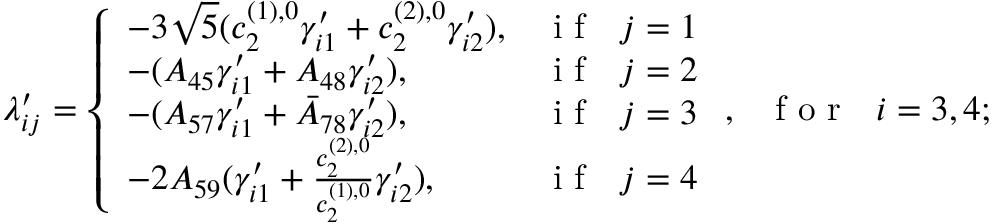
\lambda _ { i j } ^ { \prime } = \left\{ \begin{array} { l l } { - 3 \sqrt { 5 } ( c _ { 2 } ^ { ( 1 ) , 0 } \gamma _ { i 1 } ^ { \prime } + c _ { 2 } ^ { ( 2 ) , 0 } \gamma _ { i 2 } ^ { \prime } ) , } & { \mathrm { ~ i ~ f ~ ~ ~ } j = 1 } \\ { - ( A _ { 4 5 } \gamma _ { i 1 } ^ { \prime } + A _ { 4 8 } \gamma _ { i 2 } ^ { \prime } ) , } & { \mathrm { ~ i ~ f ~ ~ ~ } j = 2 } \\ { - ( A _ { 5 7 } \gamma _ { i 1 } ^ { \prime } + \bar { A } _ { 7 8 } \gamma _ { i 2 } ^ { \prime } ) , } & { \mathrm { ~ i ~ f ~ ~ ~ } j = 3 } \\ { - 2 A _ { 5 9 } ( \gamma _ { i 1 } ^ { \prime } + \frac { c _ { 2 } ^ { ( 2 ) , 0 } } { c _ { 2 } ^ { ( 1 ) , 0 } } \gamma _ { i 2 } ^ { \prime } ) , } & { \mathrm { ~ i ~ f ~ ~ ~ } j = 4 } \end{array} \right. , \mathrm { ~ ~ ~ f ~ o ~ r ~ ~ ~ } i = 3 , 4 ;